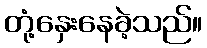
တုံ့နှေးနေခဲ့သည်။